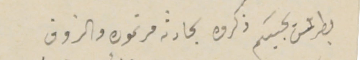
بطرسَ كبيركم ذكروه بحادثة مرتموره والزوق